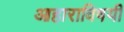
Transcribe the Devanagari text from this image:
आहाराविषयी